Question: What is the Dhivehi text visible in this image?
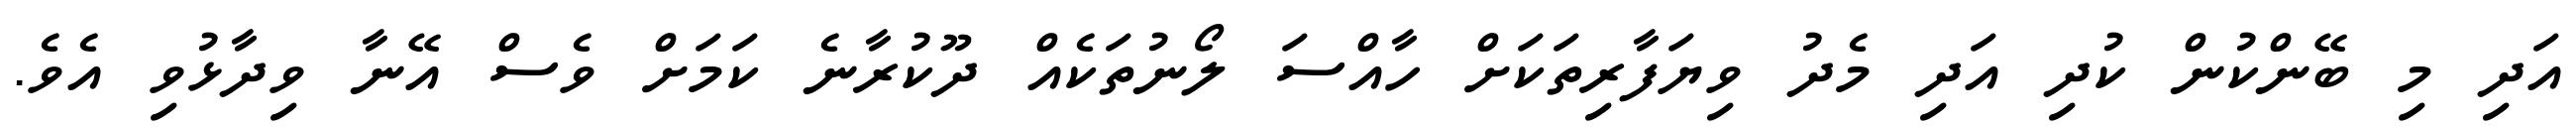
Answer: އަދި މި ބޭންކުން ކުދި އަދި މެދު ވިޔަފާރިތަކަށް ހާއްސަ ލޯނުތަކެއް ދޫކުރާނެ ކަމަށް ވެސް އޭނާ ވިދާޅުވި އެވެ.